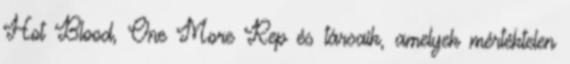
Hot Blood, One More Rep és társaik, amelyek mértéktelen